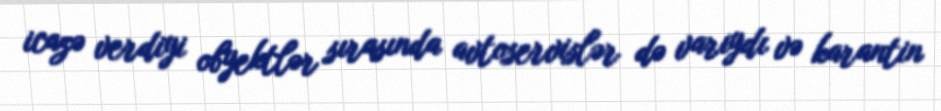
icazə verdiyi obyektlər sırasında avtoservislər də varıydı və karantin